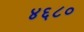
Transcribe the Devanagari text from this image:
४६८०